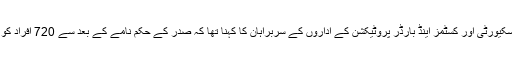
ایک نیوز کانفرنس سے بات کرتے ہوئے ہوم لینڈ سکیورٹی اور کسٹمز اینڈ بارڈر پروٹیکشن کے اداروں کے سربراہان کا کہنا تھا کہ صدر کے حکم نامے کے بعد سے 720 افراد کو حراست میں لیا گیا اور ان سے اچھا سلوک کیا گیا۔